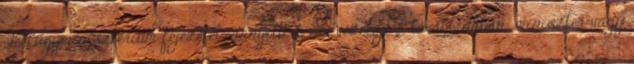
Belügyminisztérium fejezetet irányító szerv vezetője a továbbiakban: miniszter vagy